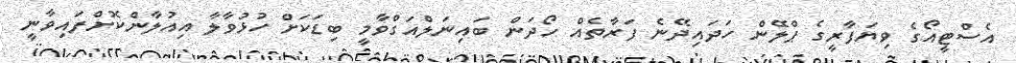
އެސްޓީއޯގެ ވިޔަފާރީގެ ޕްލޭން ހަދައިދޭނެ ފަރާތެއް ހޯދަން ބައިނަލްއަގްވާމީ ބިޑަކަށް ހުޅުވާލާ އިއުލާންކޮށްފައިވާނީ